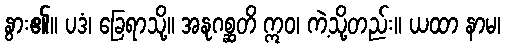
နွား၏။ ပဒံ၊ ခြေရာသို့။ အနုဂစ္ဆတိ ဣဝ၊ ကဲ့သို့တည်း။ ယထာ နာမ၊